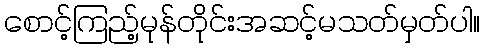
စောင့်ကြည့်မုန်တိုင်းအဆင့်မသတ်မှတ်ပါ။